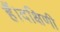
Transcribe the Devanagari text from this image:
हैं।दक्षिणी